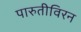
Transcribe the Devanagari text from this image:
पारुतीविरन